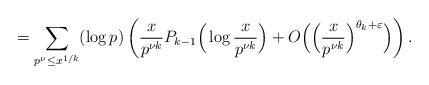
LaTeX: \begin{align*} = \sum_{p^{\nu} \le x^{1/k}} (\log p) \left(\frac{x}{p^{\nu k}} P_{k-1}\Big(\log \frac{x}{p^{\nu k}}\Big) + O\Big(\Big(\frac{x}{p^{\nu k}}\Big)^{\theta_k+\varepsilon}\Big) \right).\end{align*}